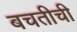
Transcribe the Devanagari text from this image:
बचतीची